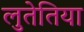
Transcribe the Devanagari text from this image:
लुतेतिया